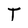
Character: T